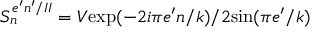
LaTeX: S _ { n } ^ { e ^ { \prime } n ^ { \prime } / I I } = V \mathrm { e x p } ( - 2 i \pi e ^ { \prime } n / k ) / 2 \mathrm { s i n } ( \pi e ^ { \prime } / k )